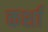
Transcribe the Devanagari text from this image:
कर्शा